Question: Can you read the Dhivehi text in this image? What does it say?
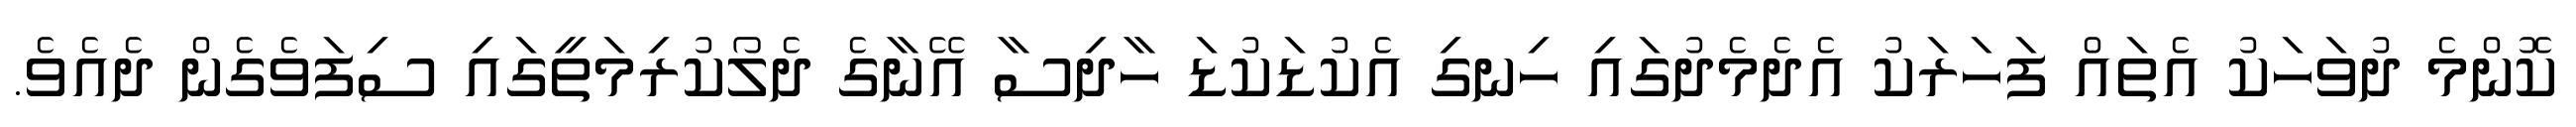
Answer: ކޮންމެ ދުވަހަކު އެތައް ފަހަރަކު އެދެމެދުގައި ހިނގި އެކުޑަކުޑަ ހާދިސާ އޭނާގެ ދެލޯކުރިމަތީގައި ސިފަވެގެން ދެއެވެ.